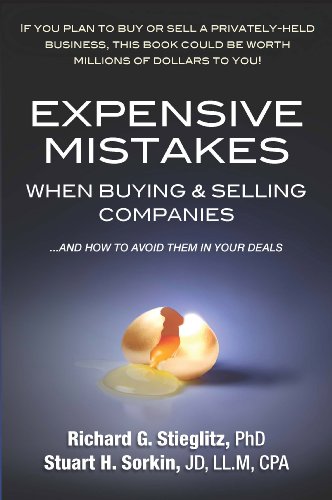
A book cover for Expensive Mistakes When Buying & Selling Companies; Richard G. Stieglitz PhD; Business & Money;